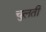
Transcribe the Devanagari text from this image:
चुलती